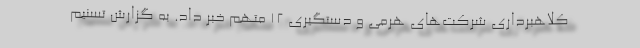
کلاهبرداری شرکت‌های هرمی و دستگیری ۱۲ متهم خبر داد. به گزارش تسنیم